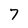
Character: 7